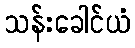
သန်းခေါင်ယံ